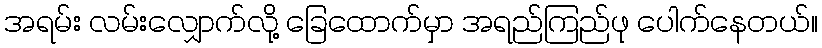
အရမ်း လမ်းလျှောက်လို့ ခြေထောက်မှာ အရည်ကြည်ဖု ပေါက်နေတယ်။